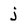
Character: j